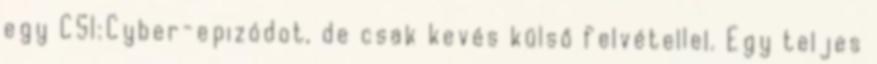
egy CSI:Cyber-epizódot, de csak kevés külső felvétellel. Egy teljes